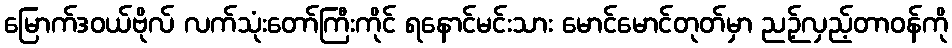
မြောက်ဒဝယ်ဗိုလ် လက်သုံးတော်ကြီးကိုင် ရနောင်မင်းသား မောင်မောင်တုတ်မှာ ညဉ့်လှည့်တာဝန်ကို